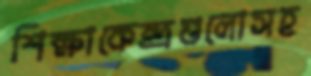
শিক্ষাকেন্দ্রগুলোসহ